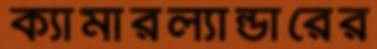
ক্যামারল্যান্ডারের